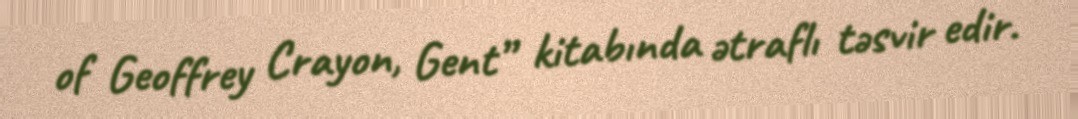
of Geoffrey Crayon, Gent” kitabında ətraflı təsvir edir.